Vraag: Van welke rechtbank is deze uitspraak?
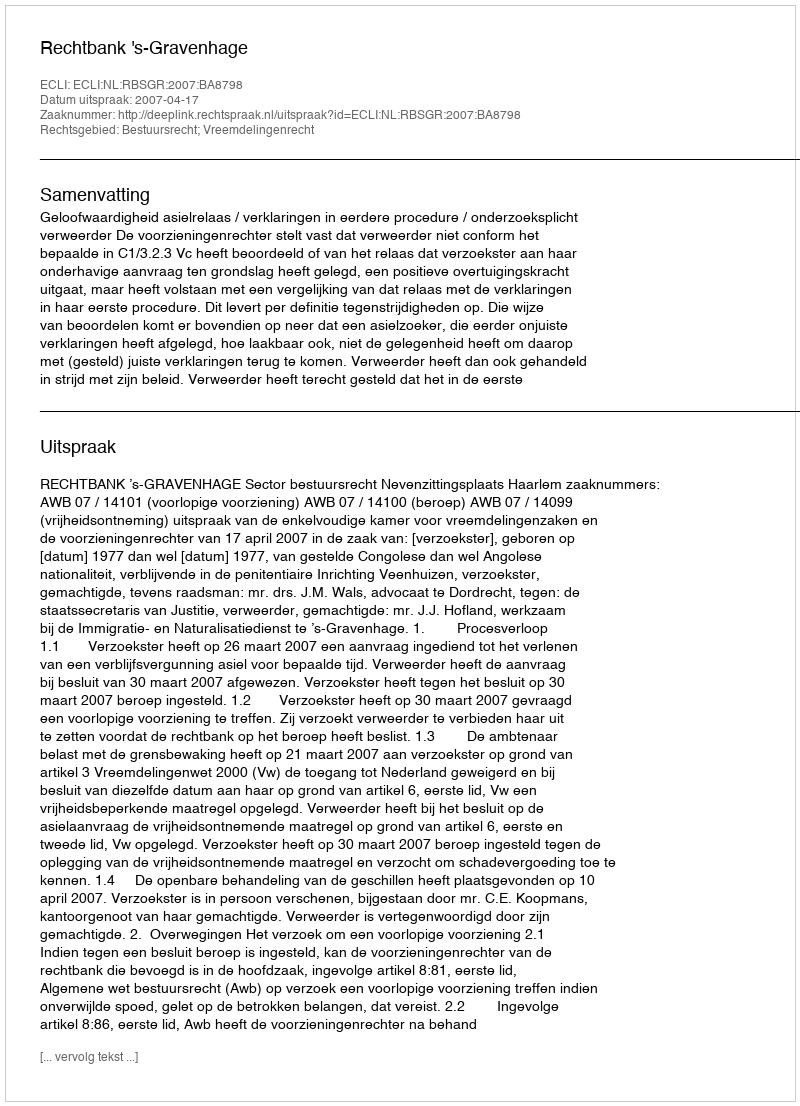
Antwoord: Rechtbank 's-Gravenhage